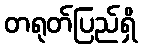
တရုတ်ပြည်ရှိ